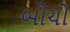
બીચો